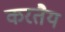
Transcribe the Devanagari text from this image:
करतैय